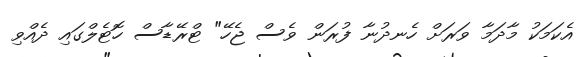
އެކަމަކު މާދަމާ ވަރަށް ހެނދުނާ ފުރަން ވެސް ޖެހޭ" ޓްރޭޑާސް ހޮޓެލްގައި ދެއްވި